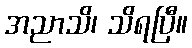
အညာသိ၊ သိရပြီ။